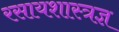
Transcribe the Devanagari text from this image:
रसायशास्त्रज्ञ